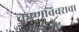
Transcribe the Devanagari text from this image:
कृष्णविवराचा